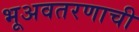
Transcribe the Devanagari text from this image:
भूअवतरणाची